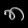
Digit: ၈